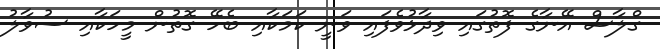
ގްލާސް އޭނާގެ ފޮތުގައި ވިދާޅުވެފައި ވަނީ ކަމަކާއި ބެހޭ ގޮތުން މީހަކާއި ސުވާލު